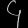
Digit: ၄